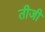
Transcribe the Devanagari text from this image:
तीजी